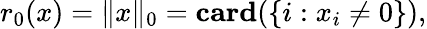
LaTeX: r_{0}(x)=\| x\| _{0}=\mathbf{card}(\{ i:x_{i}\neq 0\} ),